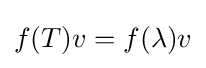
f(T)v=f(\lambda )v